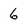
Character: 6